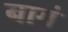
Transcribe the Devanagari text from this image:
बागं